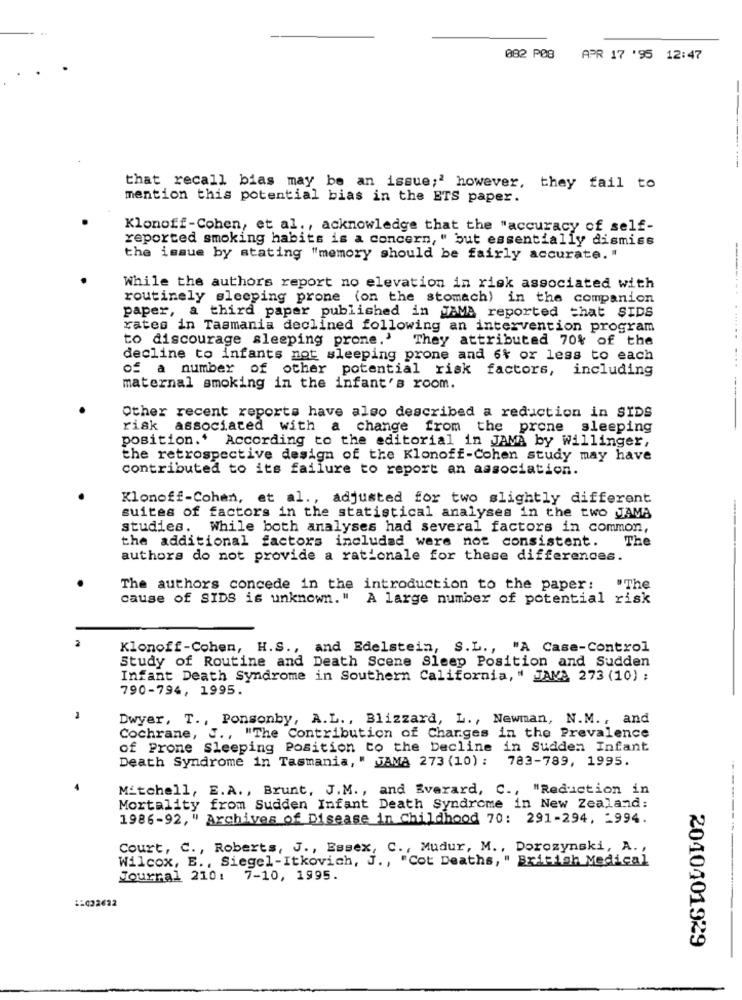
082 PØ8
APR 17 '95 12:47
that recall bias may be an issue;' however, they fail to
mention this potential bias in the ETS paper.
Klonoff-Cohen, et al ., acknowledge that the "accuracy of self-
reported smoking habits is a concern, " but essentially dismiss
the issue by stating "memory should be fairly accurate. "
While the authors report no elevation in risk associated with
routinely sleeping prone (on the stomach) in the companion
paper, a third paper published in JAMA reported that SIDS
rates in Tasmania declined following an intervention program
to discourage sleeping prone.'
They attributed 70% of the
decline to infants not sleeping prone and 6% or less to each
of a number of other potential risk factors, including
maternal smoking in the infant's room.
Other recent reports have also described a reduction in SIDS
risk associated with a change from the prone sleeping
position.' According to the editorial in JAMA by Willinger,
the retrospective design of the Klonoff-Cohen study may have
contributed to its failure to report an association.
Klonoff-Cohen, et al ., adjusted for two slightly different
suites of factors in the statistical analyses in the two JAMA
studies. While both analyses had several factors in common,
the additional factors included were not consistent.
The
authors do not provide a rationale for these differences.
The authors concede in the introduction to the paper: "The
cause of SIDS is unknown. " A large number of potential risk
Klonoff-Cohen, H.S ., and Edelstein, S.L ., "A Case-Control
Study of Routine and Death Scene Sleep Position and Sudden
Infant Death Syndrome in Southern California, " JAMA 273 (10) ;
790-794, 1995.
1
Dwyer, T ., Ponsonby, A.L ., Blizzard, L ., Newman, N.M ., and
Cochrane, J ., "
"The Contribution of Charges in the Prevalence
of Prome Sleeping Position to the Decline in Sudden Infant
Death Syndrome in Tasmania, " JAMA 273 (10) : 783-789, 1995.
Mitchell, E.A ., Brunt, J.M ., and Everard, C ., "Reduction in
Mortality from Sudden Infant Death Syndrome in New Zealand:
1986-92, " Archives of Disease in Childhood 70: 291-294, - 994.
Court, C ., Roberts, J ., Essex, C ., Mudur, M ., Dorozynski, A. ,
Wilcox, E ., Siegel-Itkovich, J ., "Cot Deaths, " British Medical
Journal 210: 7-10, 1995.
1:032622
2010401929